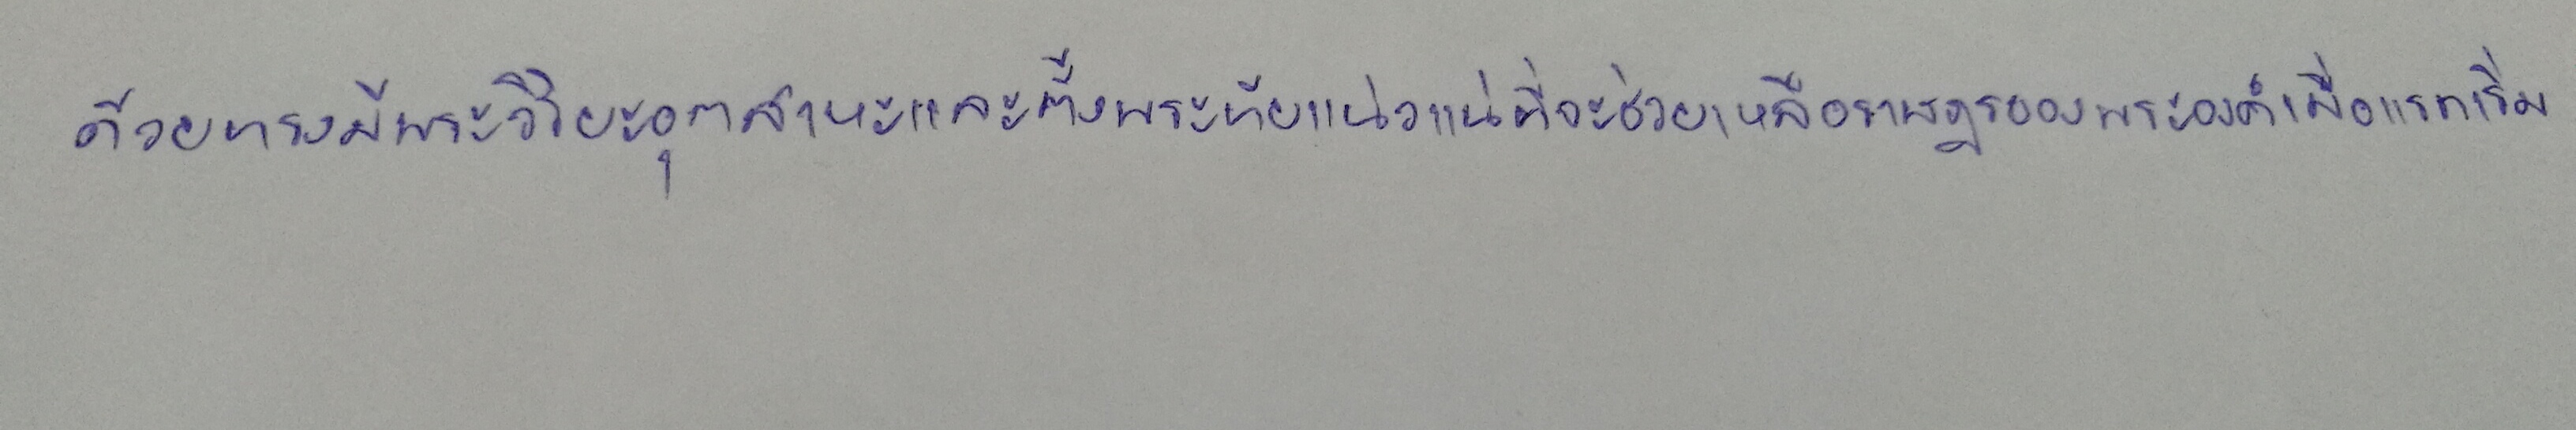
ด้วยทรงมีพระวิริยะอุตสาหะและตั้งพระทัยแน่วแน่ที่จะช่วยเหลือราษฎรของพระองค์เมื่อแรกเริ่ม